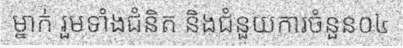
ម្នាក់ រួមទាំងជំនិត និងជំនួយការចំនួន០៤